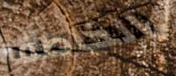
الخاطف